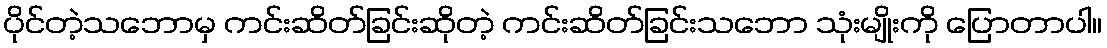
ပိုင်တဲ့သဘောမှ ကင်းဆိတ်ခြင်းဆိုတဲ့ ကင်းဆိတ်ခြင်းသဘော သုံးမျိုးကို ပြောတာပါ။